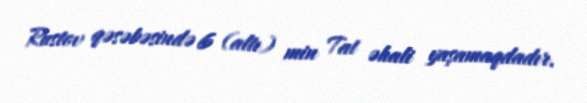
Rustov qəsəbəsində 6 (altı) min Tat əhali yaşamaqdadır.